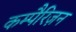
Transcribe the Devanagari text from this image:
कम्पैरिज़न